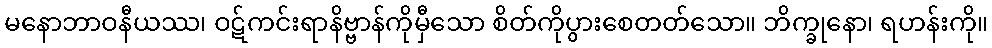
မနောဘာဝနီယဿ၊ ဝဋ်ကင်းရာနိဗ္ဗာန်ကိုမှီသော စိတ်ကိုပွားစေတတ်သော။ ဘိက္ခုနော၊ ရဟန်းကို။